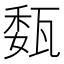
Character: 瓾